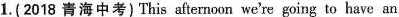
1.(2018 青海中考) This afternoon we're going to have an